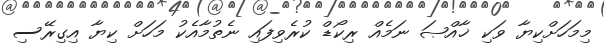
މިމަހަށްކިޔާ ވަކި ޚާއްޞަ ނަމެއް ރިކޯޑް ކުރެވިފައި ނެތުމާއެކު މަހަށް ކިޔާ އިގިރޭސި